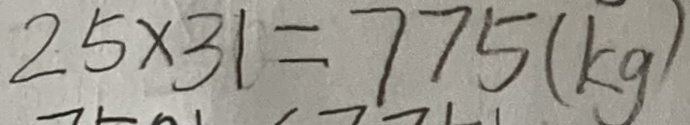
2 5 \times 3 1 = 7 7 5 ( k g )